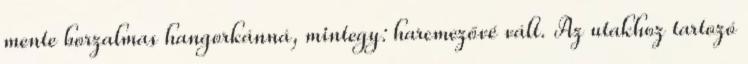
mente borzalmas hangorkánná, mintegy: harcmezővé vált. Az utakhoz tartozó